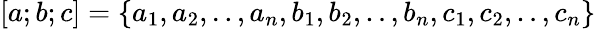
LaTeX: [a;b;c]=\{ a_{1},a_{2},..,a_{n},b_{1},b_{2},..,b_{n},c_{1},c_{2},..,c_{n}\}